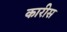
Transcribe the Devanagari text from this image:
कारीस